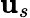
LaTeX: \mathbf{u}_{s}